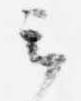
云